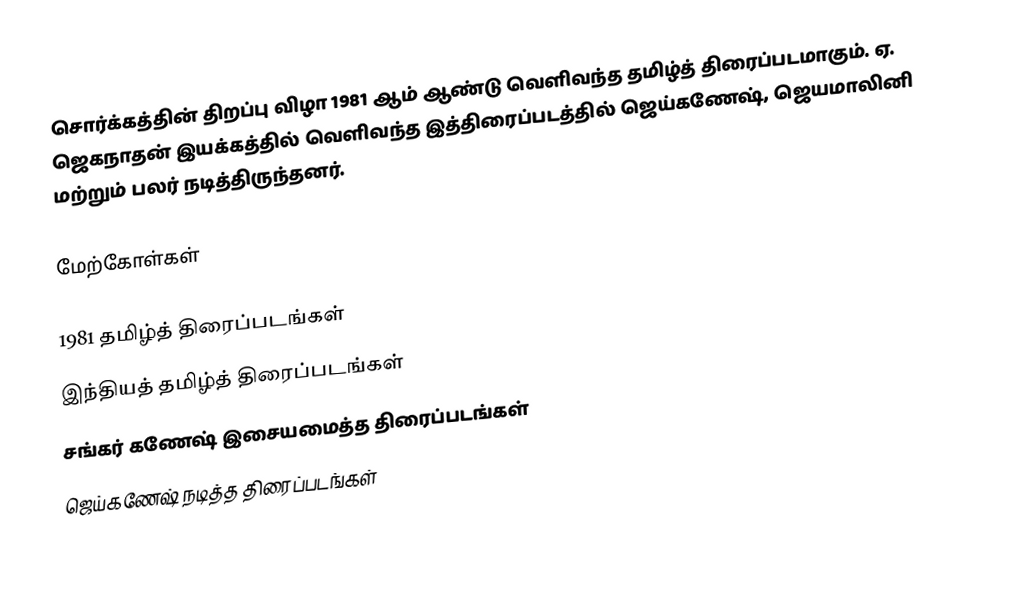
சொர்க்கத்தின் திறப்பு விழா 1981 ஆம் ஆண்டு வெளிவந்த தமிழ்த் திரைப்படமாகும். ஏ. ஜெகநாதன் இயக்கத்தில் வெளிவந்த இத்திரைப்படத்தில் ஜெய்கணேஷ், ஜெயமாலினி மற்றும் பலர் நடித்திருந்தனர்.

மேற்கோள்கள்

1981 தமிழ்த் திரைப்படங்கள்
இந்தியத் தமிழ்த் திரைப்படங்கள்
சங்கர் கணேஷ் இசையமைத்த திரைப்படங்கள்
ஜெய்கணேஷ் நடித்த திரைப்படங்கள்